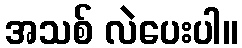
အသစ် လဲပေးပါ။